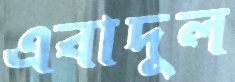
এবাদুল